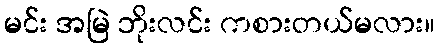
မင်း အမြဲ ဘိုးလင်း ကစားတယ်မလား။